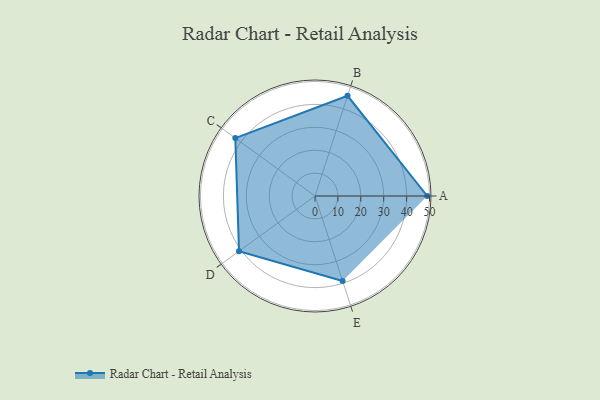
{"axis": {"x": "Skill", "y": "Score"}, "legend": ["Profile"], "data": [{"x": "A", "y": 49.0, "type": "Profile"}, {"x": "B", "y": 46.0, "type": "Profile"}, {"x": "C", "y": 43.0, "type": "Profile"}, {"x": "D", "y": 41.0, "type": "Profile"}, {"x": "E", "y": 39.0, "type": "Profile"}]}